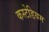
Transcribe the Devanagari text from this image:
कस्टेडियम